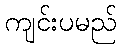
ကျင်းပမည်